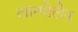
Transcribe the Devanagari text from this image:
लान्गोलेन